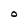
Character: O